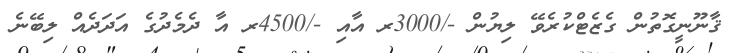
ޤާނޫނީގޮތުން ގެޒެޓްކުރެވޭ ލިޔުން -/3000ރ އާއި -/4500ރ އާ ދެމެދުގެ އަދަދެއް ލިބޭނެ